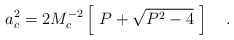
\begin{align*}a_c^2=2M_c^{-2}\left[~P+\sqrt{P^2-4}~\right]~~~.\end{align*}